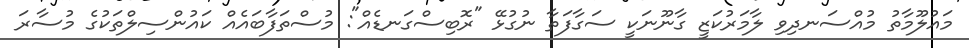
މައުލޫމާތު މުއްސަނދިވި ލާމަރުކަޒީ ގާނޫނަކީ ސަގާފަތާ ނުގުޅޭ "ރޮބިސްގަނޑެއް": މުސްތަފާބައެއް ކައުންސިލްތަކުގެ މުސާރަ